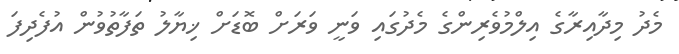
މެދު މިދާއިރާގެ އިލްމުވެރިންގެ މެދުގައި ވަނީ ވަރަށް ބޮޑަށް ޚިޔާލު ތަފާތުވުން އުފެދިފަ